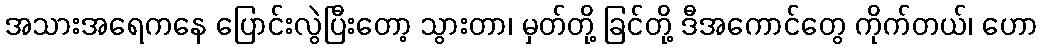
အသားအရေကနေ ပြောင်းလွဲပြီးတော့ သွားတာ၊ မှတ်တို့ ခြင်တို့ ဒီအကောင်တွေ ကိုက်တယ်၊ ဟော